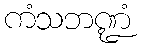
ကံသဘဏ္ဍံ